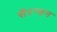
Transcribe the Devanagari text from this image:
सैरन्डन